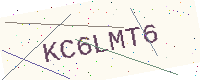
Text: KC6LMT6